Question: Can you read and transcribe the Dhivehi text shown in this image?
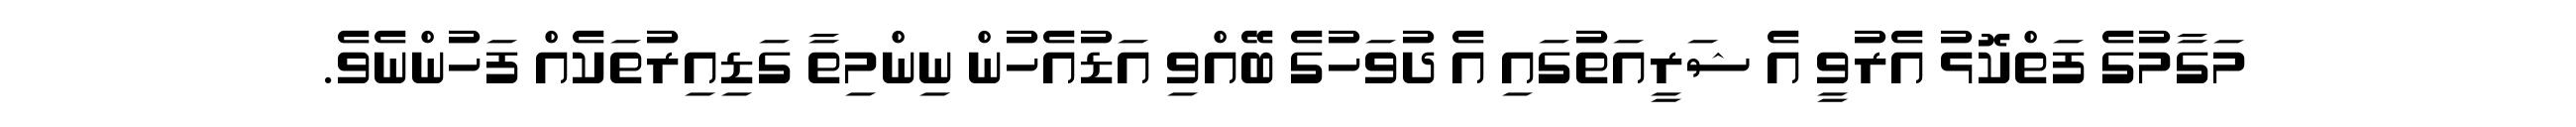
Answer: މަގާމުގެ ފަތްކޮޅު އެރުވީ އެ ޝަރީއަތުގައި އެ ދުވަހުގެ ބޭއްވި އަޑުއެހުން ނިންމިތާ ގަޑިއިރުތަކެއް ފަހުންނެވެ.